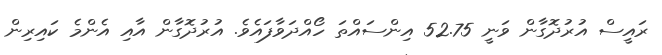
ރައީސް އުރުދޮގާން ވަނީ 52.75 އިންސައްތަ ހޯއްދަވާފައެވެ. އުރުދޮގާން އާއި އެންމެ ކަައިރިން